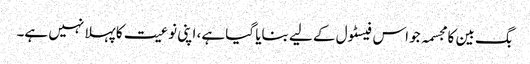
بگ بین کا مجسمہ جو اس فیسٹول کے لیے بنایا گیا ہے، اپنی نوعیت کا پہلا نہیں ہے۔